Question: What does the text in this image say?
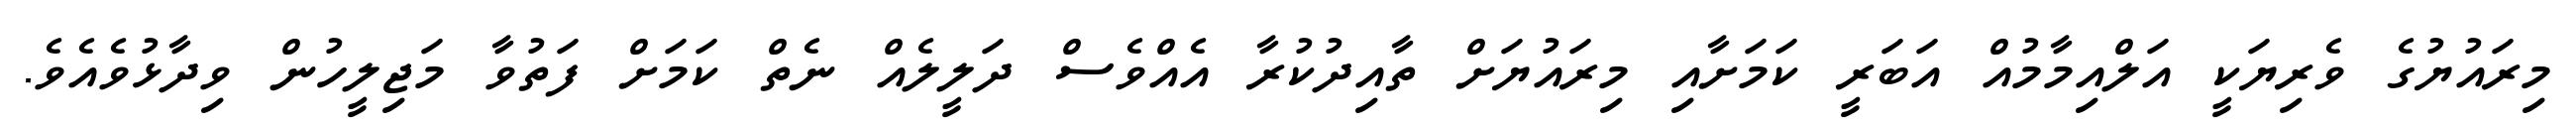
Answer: މިރައުޔުގެ ވެރިޔަކީ އަލްއިމާމުއް އަބަރީ ކަމަށާއި މިރައުޔަށް ތާއިދުކުރާ އެއްވެސް ދަލީލެއް ނެތް ކަމަށް ފަތުވާ މަޖިލީހުން ވިދާޅުވެއެވެ.